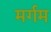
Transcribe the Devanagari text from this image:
मर्गम